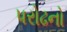
પરોઢનો